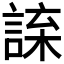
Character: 𧨯